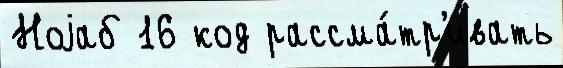
Ноjаб 16 код рассма́тр'ивать